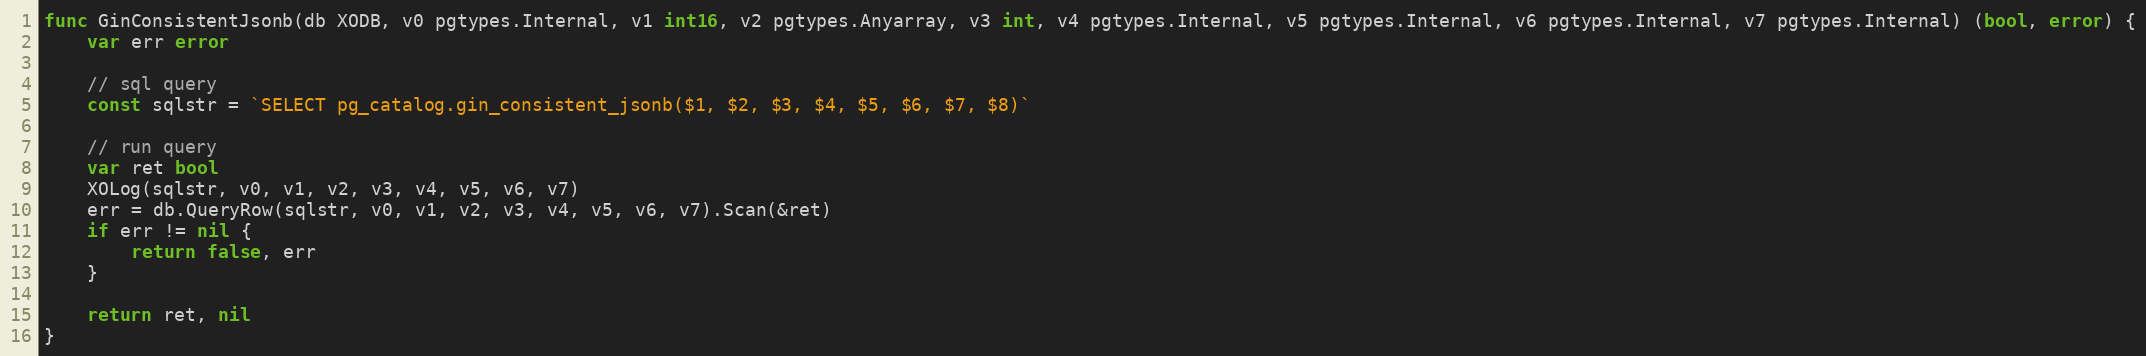
Language: Go
func GinConsistentJsonb(db XODB, v0 pgtypes.Internal, v1 int16, v2 pgtypes.Anyarray, v3 int, v4 pgtypes.Internal, v5 pgtypes.Internal, v6 pgtypes.Internal, v7 pgtypes.Internal) (bool, error) {
	var err error

	// sql query
	const sqlstr = `SELECT pg_catalog.gin_consistent_jsonb($1, $2, $3, $4, $5, $6, $7, $8)`

	// run query
	var ret bool
	XOLog(sqlstr, v0, v1, v2, v3, v4, v5, v6, v7)
	err = db.QueryRow(sqlstr, v0, v1, v2, v3, v4, v5, v6, v7).Scan(&ret)
	if err != nil {
		return false, err
	}

	return ret, nil
}